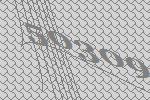
50309